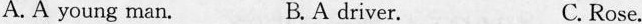
A. A young man. B. A driver. C. Rose.